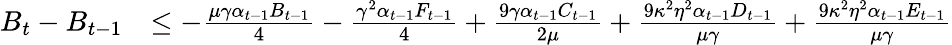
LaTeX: \begin{array}{rl}{B_{t}-B_{t-1}}&{\leq-\frac{\mu\gamma\alpha_{t-1}B_{t-1}}{4}-\frac{\gamma^{2}\alpha_{t-1}F_{t-1}}{4}+\frac{9\gamma\alpha_{t-1}C_{t-1}}{2\mu}+\frac{9\kappa^{2}\eta^{2}\alpha_{t-1}D_{t-1}}{\mu\gamma}+\frac{9\kappa^{2}\eta^{2}\alpha_{t-1}E_{t-1}}{\mu\gamma}}\end{array}